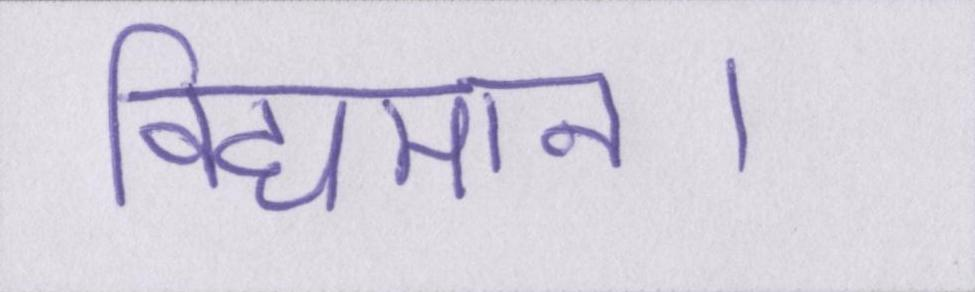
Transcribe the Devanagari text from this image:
विद्यमान।